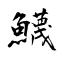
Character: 鱴